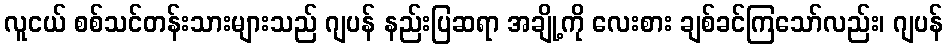
လူငယ် စစ်သင်တန်းသားများသည် ဂျပန် နည်းပြဆရာ အချို့ကို လေးစား ချစ်ခင်ကြသော်လည်း၊ ဂျပန်